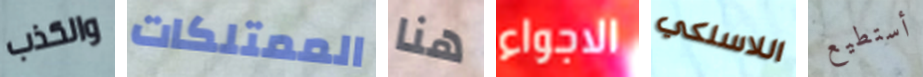
والكذب الممتلكات هنا الاجواء اللاسلكي أستطيع